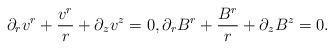
LaTeX: \begin{align*}\partial_r v^r + \frac{v^r}{r}+\partial_z v^z=0, \partial_r B^r + \frac{B^r}{r}+\partial_z B^z=0.\end{align*}